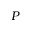
P